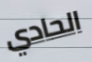
الحادي